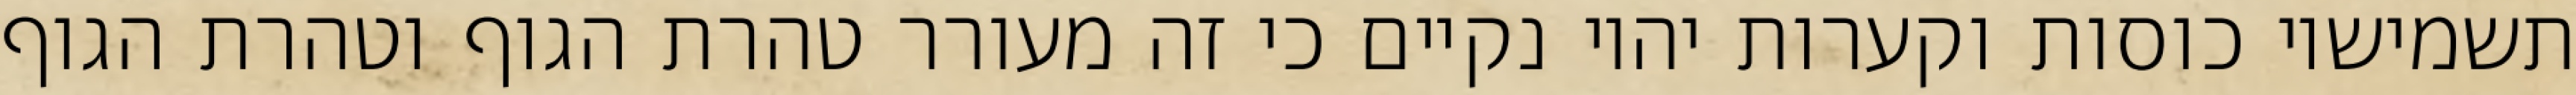
תשמישיו כוסות וקערות יהיו נקיים כי זה מעורר טהרת הגוף וטהרת הגוף